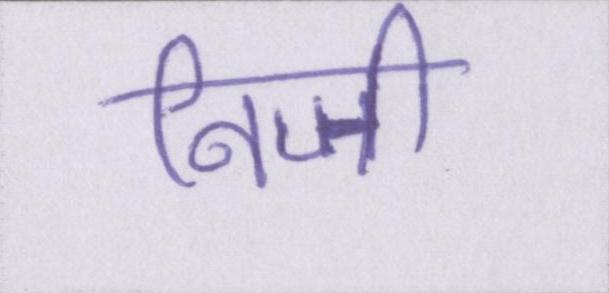
निजी